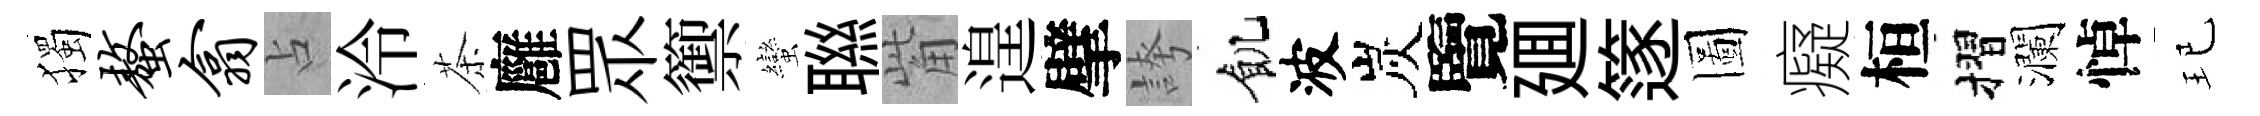
獨螯翕占泠茶廱眾籞蠻聮觜遑擘誇飢波炭覽廽篴圖癡桓摺瀾悼玘